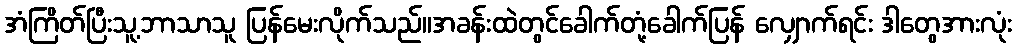
အံကြိတ်ပြီးသူ့ဘာသာသူ ပြန်မေးလိုက်သည်။အခန်းထဲတွင်ခေါက်တုံ့ခေါက်ပြန် လျှောက်ရင်း ဒါတွေအားလုံး